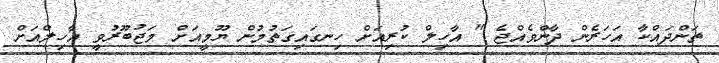
ތަންދައްކާ އަހަރެން ދާންވެއްޖެ " އާހިލް ކުރިއަށް ހިނގައިގަތުމުން ޔޫމީއަށް މަޖުބޫރުވީ އާހިލްއަށް